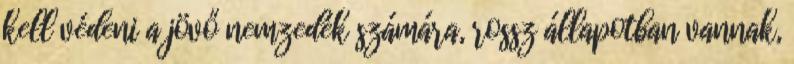
kell védeni a jövő nemzedék számára, rossz állapotban vannak,